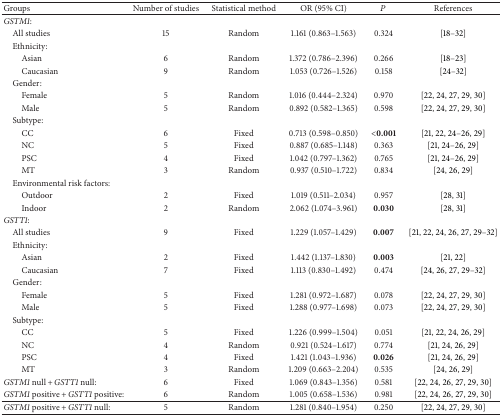
<table><thead><tr><td><b>Groups</b></td><td><b>Number of studies</b></td><td><b>Statistical method</b></td><td><b>OR (95% CI)</b></td><td><b><i>P</i></b></td><td><b>References</b></td></tr></thead><tbody><tr><td><i>GSTM1</i>:</td><td> </td><td> </td><td> </td><td> </td><td> </td></tr><tr><td> All studies</td><td>15</td><td>Random</td><td>1.161 (0.863–1.563)</td><td>0.324</td><td>[18–32]</td></tr><tr><td> Ethnicity:</td><td> </td><td> </td><td> </td><td> </td><td> </td></tr><tr><td>Asian</td><td>6</td><td>Random</td><td>1.372 (0.786–2.396)</td><td>0.266</td><td>[18–23]</td></tr><tr><td>Caucasian</td><td>9</td><td>Random</td><td>1.053 (0.726–1.526)</td><td>0.158</td><td>[24–32]</td></tr><tr><td> Gender:</td><td> </td><td> </td><td> </td><td> </td><td> </td></tr><tr><td>Female</td><td>5</td><td>Random</td><td>1.016 (0.444–2.324)</td><td>0.970</td><td>[22, 24, 27, 29, 30]</td></tr><tr><td>Male</td><td>5</td><td>Random</td><td>0.892 (0.582–1.365)</td><td>0.598</td><td>[22, 24, 27, 29, 30]</td></tr><tr><td> Subtype:</td><td> </td><td> </td><td> </td><td> </td><td> </td></tr><tr><td>CC</td><td>6</td><td>Fixed</td><td>0.713 (0.598–0.850)</td><td><b>&lt;0.001</b></td><td>[21, 22, 24–26, 29]</td></tr><tr><td>NC</td><td>5</td><td>Fixed</td><td>0.887 (0.685–1.148)</td><td>0.363</td><td>[21, 24–26, 29]</td></tr><tr><td>PSC</td><td>4</td><td>Fixed</td><td>1.042 (0.797–1.362)</td><td>0.765</td><td>[21, 24–26, 29]</td></tr><tr><td>MT</td><td>3</td><td>Random</td><td>0.937 (0.510–1.722)</td><td>0.834</td><td>[24, 26, 29]</td></tr><tr><td> Environmental risk factors:</td><td> </td><td> </td><td> </td><td> </td><td> </td></tr><tr><td>Outdoor</td><td>2</td><td>Fixed</td><td>1.019 (0.511–2.034)</td><td>0.957</td><td>[28, 31]</td></tr><tr><td>Indoor</td><td>2</td><td>Random</td><td>2.062 (1.074–3.961)</td><td><b>0.030</b></td><td>[28, 31]</td></tr><tr><td><i>GSTT1</i>:</td><td> </td><td> </td><td> </td><td> </td><td> </td></tr><tr><td> All studies</td><td>9</td><td>Fixed</td><td>1.229 (1.057–1.429)</td><td><b>0.007</b></td><td>[21, 22, 24, 26, 27, 29–32]</td></tr><tr><td> Ethnicity:</td><td> </td><td> </td><td> </td><td> </td><td> </td></tr><tr><td>Asian</td><td>2</td><td>Fixed</td><td>1.442 (1.137–1.830)</td><td><b>0.003</b></td><td>[21, 22]</td></tr><tr><td>Caucasian</td><td>7</td><td>Fixed</td><td>1.113 (0.830–1.492)</td><td>0.474</td><td> [24, 26, 27, 29–32]</td></tr><tr><td> Gender:</td><td> </td><td> </td><td> </td><td> </td><td> </td></tr><tr><td>Female</td><td>5</td><td>Fixed</td><td>1.281 (0.972–1.687)</td><td>0.078</td><td>[22, 24, 27, 29, 30]</td></tr><tr><td>Male</td><td>5</td><td>Fixed</td><td>1.288 (0.977–1.698)</td><td>0.073</td><td>[22, 24, 27, 29, 30]</td></tr><tr><td> Subtype:</td><td> </td><td> </td><td> </td><td> </td><td> </td></tr><tr><td>CC</td><td>5</td><td>Fixed</td><td>1.226 (0.999–1.504)</td><td>0.051</td><td>[21, 22, 24, 26, 29]</td></tr><tr><td>NC</td><td>4</td><td>Random</td><td>0.921 (0.524–1.617)</td><td>0.774</td><td>[21, 24, 26, 29]</td></tr><tr><td>PSC</td><td>4</td><td>Fixed</td><td>1.421 (1.043–1.936)</td><td><b>0.026</b></td><td>[21, 24, 26, 29]</td></tr><tr><td>MT</td><td>3</td><td>Random</td><td>1.209 (0.663–2.204)</td><td>0.535</td><td>[24, 26, 29]</td></tr><tr><td><i>GSTM1</i> null + <i>GSTT1</i> null:</td><td>6</td><td>Fixed</td><td>1.069 (0.843–1.356)</td><td>0.581</td><td>[22, 24, 26, 27, 29, 30]</td></tr><tr><td><i>GSTM1</i> positive + <i>GSTT1</i> positive:</td><td>6</td><td>Random</td><td>1.005 (0.658–1.536)</td><td>0.981</td><td>[22, 24, 26, 27, 29, 30]</td></tr><tr><td><i>GSTM1</i> positive + <i>GSTT1</i> null:</td><td>5</td><td>Random</td><td>1.281 (0.840–1.954)</td><td>0.250</td><td>[22, 24, 27, 29, 30]</td></tr></tbody></table>